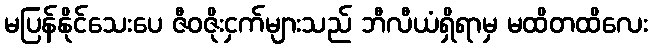
မပြန်နိုင်သေးပေ ဇီဝဇိုးငှက်များသည် ဘီလီယံရှိရာမှ မထိတထိလေး